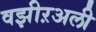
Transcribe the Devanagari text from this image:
वझीऱअली